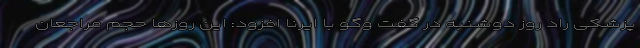
پزشکی راد روز دوشنبه در گفت وگو با ایرنا افزود: این روزها حجم مراجعان